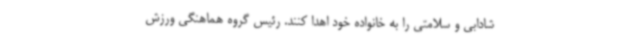
شادابی و سلامتی را به خانواده خود اهدا کنند. رئیس گروه هماهنگی ورزش